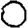
Digit: 0